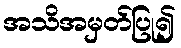
အသိအမှတ်ပြု၍